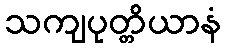
သကျပုတ္တိယာနံ